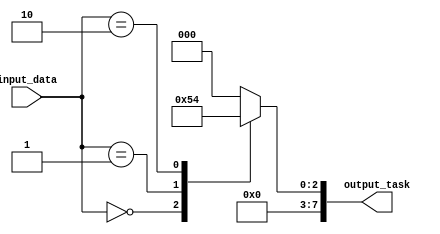
module generate_task_block (
    input [3:0] input_data,
    output reg [7:0] output_task
);

generate
    task generate_task;
        input [3:0] input_data;
        begin
            case (input_data)
                4'b0000: output_task = 8'b00000001;
                4'b0001: output_task = 8'b00000010;
                4'b0010: output_task = 8'b00000100;
                default: output_task = 8'b00000000;
            endcase
        end
    endtask
endgenerate

// Call the generate_task task based on input_data
initial begin
    generate_task(input_data);
end

endmodule